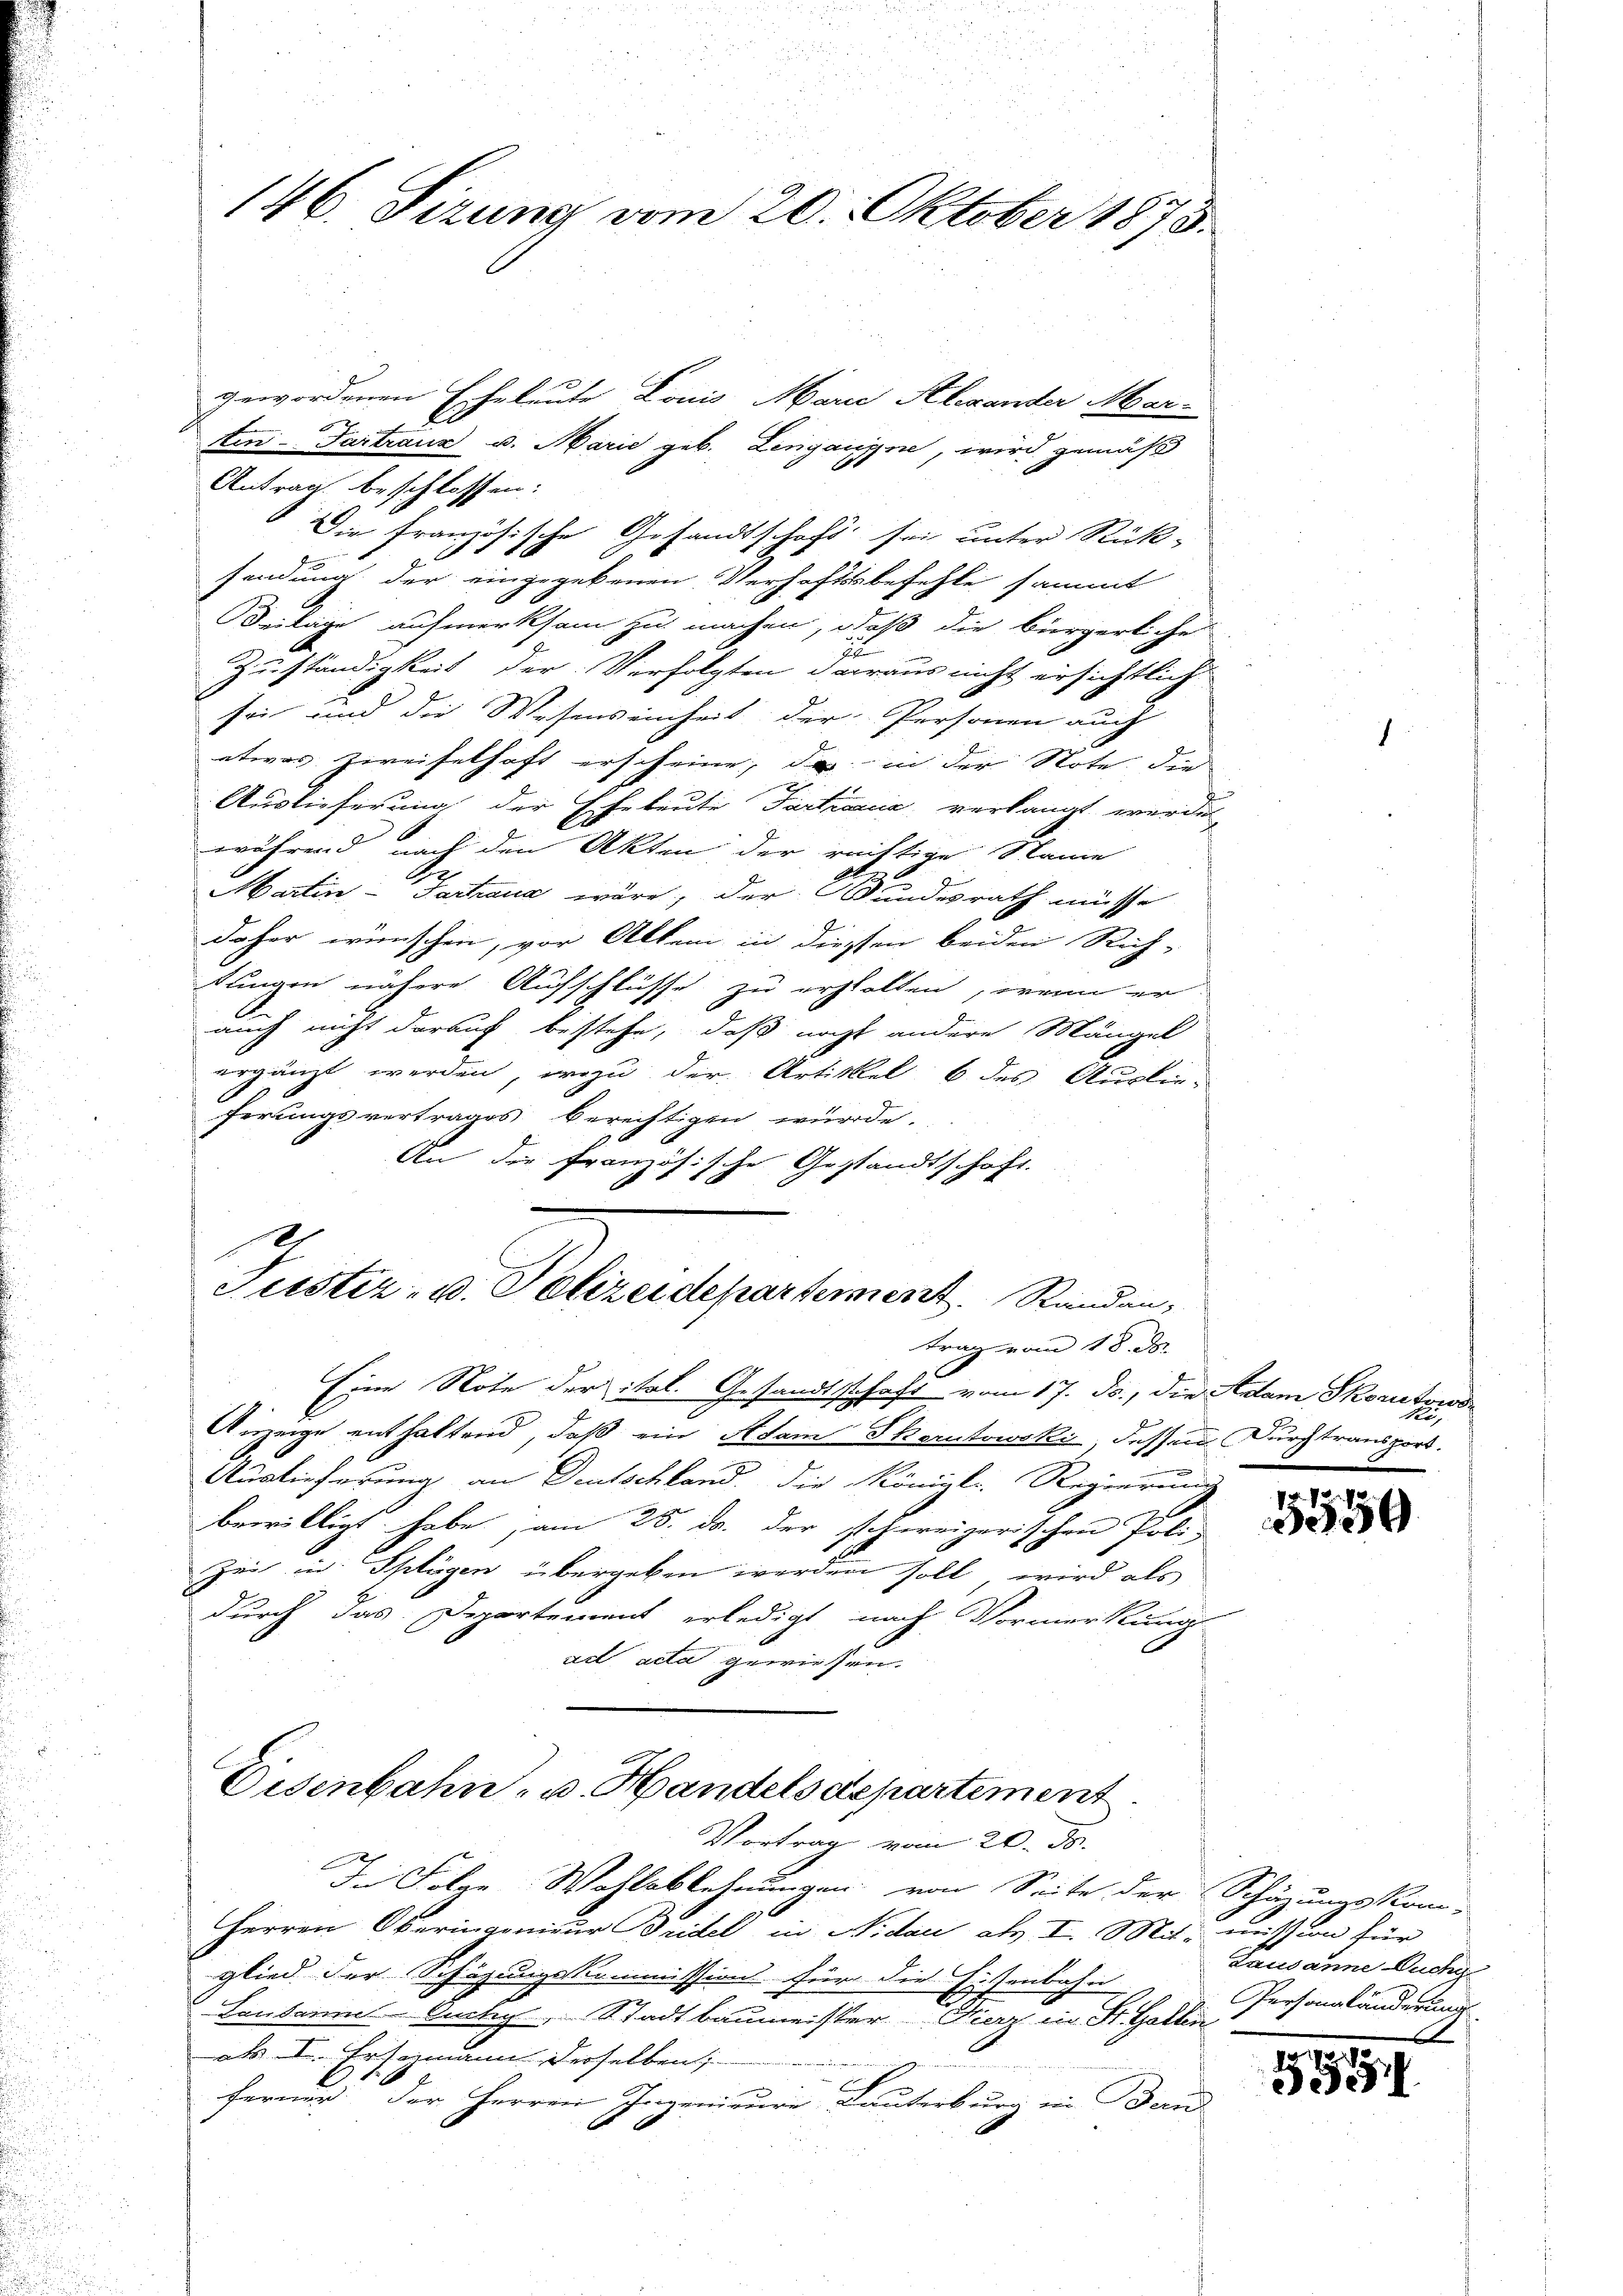
146. Sizung vom 20. Oktober 1873.

gewordenen Eheleute Louis Marie Alexander Mar-
ten-Tartrauz u. Marie geb. Lingangne, wird gemäß
Antrag beschlossen:
Die französische Gesandtschaft sei unter Rück-
 x
sendung der eingegebenen Verhaftsbefehle sammt
eilage aufmerksam zu machen, daß die bürgerliche
22
Zuständigkeit der Verfolgten daraus nicht ersichtlich
sei und die Wesenseinheit der Personen auch
etwas Zweifelhaft erscheine, da in der Note die
Auslieferung der Eheleute Partiaria, verlangt werden
während nach den Akten der rechtige Name
Martin-Tartraua wäre; der Wundesrath müsse
daher wünschen, vor Allem in diessen beiden Rich-
tungen nähere Aufschlüsse zu erhalten, wenn er
auch nicht darauf bestehe, daß nicht andere Mängel
ergänzt werden, wozu der Artikkel 6 des Auslie-
ferungsvertrages berechtigen würde.
An die Französische Gestandtschaft.

Justiz- u. Polizeidepartement Runden,
trag vom 18. ds.

Eine Note der ital. Gesandtschaft vom 17. ds., die Adam Skoruderse
Anzeige enthaltend, daß ein Adam Skarntowski, dessen Durchtransport.
Auslieferung an Deutschland die Königl. Regierung
bewilligt habe, am 25. ds. der schreizerischen Poli-
Zei in Splügen übergeben werden soll, wird als
durch das Departement erledigt nach Vormerkann
E
ad acta gewiessen.

Disenbahn- u. Handelsdepartement.
Vortrag vom 20. ds.

In Folge Wahlablehnungen von Seite der Schäzungskom-
Herren Oberingenieur Bridel in Nidau als I. Mit mission für
glied der Schäzungskommission für die Eisenbahn
Landamm Ouchy, Stadtbaumeister Hier in St. Gallin
als I. Ersezmann derselben;
ferner der Herren Ingenieure Bauterburg in Bern

1559

Lausanne Suche
Persongländerung
A

389